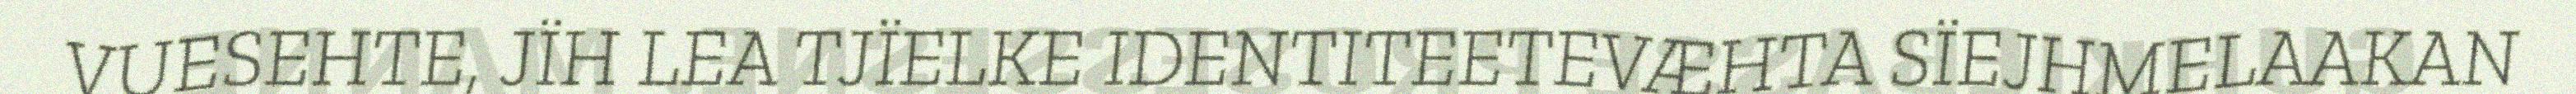
VUESEHTE, JÏH LEA TJÏELKE IDENTITEETEVÆHTA SÏEJHMELAAKAN